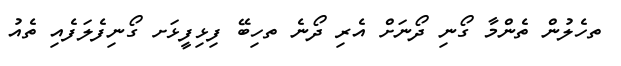
ތހެލުން ތެންމާ ގޯނި ދޯނަށް އެރި ދޯނެ ތހިބޭ ފިޅިފީޅަށ ގޯނިފެލަފެއި ތެއު